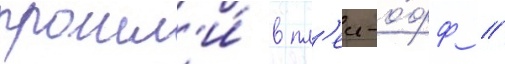
прошл'и́ в пл'еи-о́фф //